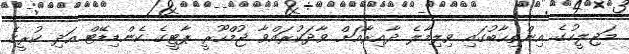
މަޖިލީހުގެ އިންތިހާބުގައި ވިލިމާލެ ދާއިރާއަށް ވާދަކުރައްވާ ޖުމްހޫރީ ޕާޓީގެ ކެންޑިޑޭޓް އަދި ކުރީގެ